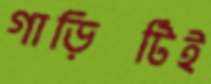
গাড়িটিই